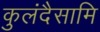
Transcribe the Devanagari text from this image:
कुलंदैसामि